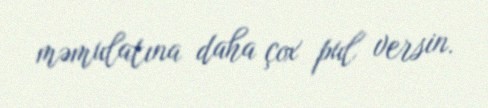
məmulatına daha çox pul versin.